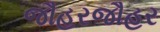
જૌહરજૌહર